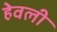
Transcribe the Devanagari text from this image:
हेवली